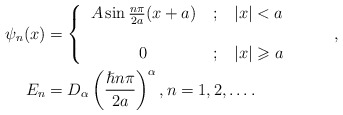
\begin{align*}\psi_{n}(x) & =\left\{\begin{tabular}[c]{ccc}$A\sin\frac{n\pi}{2a}(x+a)$ & $;$ & $\left\vert x\right\vert <a$\\& & \\$0$ & $;$ & $\left\vert x\right\vert \geqslant a$\end{tabular}\ \ \ \ \ \ \ \right. ,\\E_{n} & =D_{\alpha}\left( \frac{\hslash n\pi}{2a}\right) ^{\alpha},n=1,2,\ldots.\end{align*}